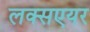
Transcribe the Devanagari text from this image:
लक्सएयर